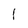
Character: l